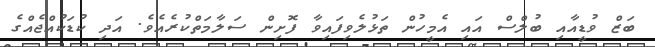
ބަޒް ވުޑީއާއި ބުލްސް އައި އެމީހުން ތަޅުލެވިފައިވާ ފޮށިން ސަލާމަތްކުރެއެވެ. އަދި ކުޑަކުއްޖެއްގެ